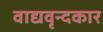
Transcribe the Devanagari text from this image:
वाद्यवृन्दकार